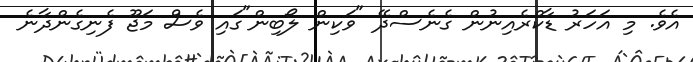
އެވެ. މި އަހަރު ޑާކްރެއިނުން ގެނެސްދޭ "ވަކިން ލޯބިން"ގައި ވެސް މަޖޫ ފެނިގެންދާނެ